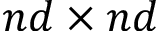
n d \times n d